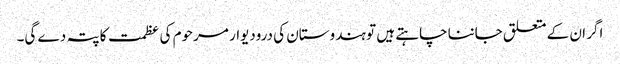
اگر ان کے متعلق جاننا چاہتے ہیں تو ہندوستان کی درودیوار مرحوم کی عظمت کا پتہ دے گی۔